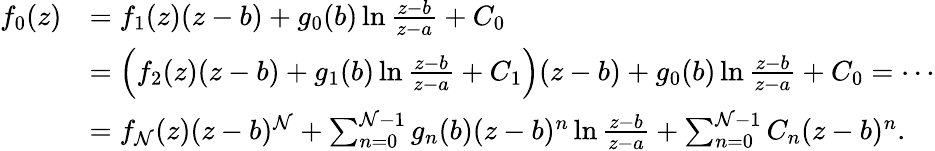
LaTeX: \begin{array}{rl}{f_{0}(z)}&{=f_{1}(z)(z-b)+g_{0}(b)\ln\frac{z-b}{z-a}+C_{0}}\\ &{=\Big(f_{2}(z)(z-b)+g_{1}(b)\ln\frac{z-b}{z-a}+C_{1}\Big)(z-b)+g_{0}(b)\ln\frac{z-b}{z-a}+C_{0}=\cdots}\\ &{=f_{\mathcal{N}}(z)(z-b)^{\mathcal{N}}+\sum_{n=0}^{\mathcal{N}-1}g_{n}(b)(z-b)^{n}\ln\frac{z-b}{z-a}+\sum_{n=0}^{\mathcal{N}-1}C_{n}(z-b)^{n}.}\end{array}